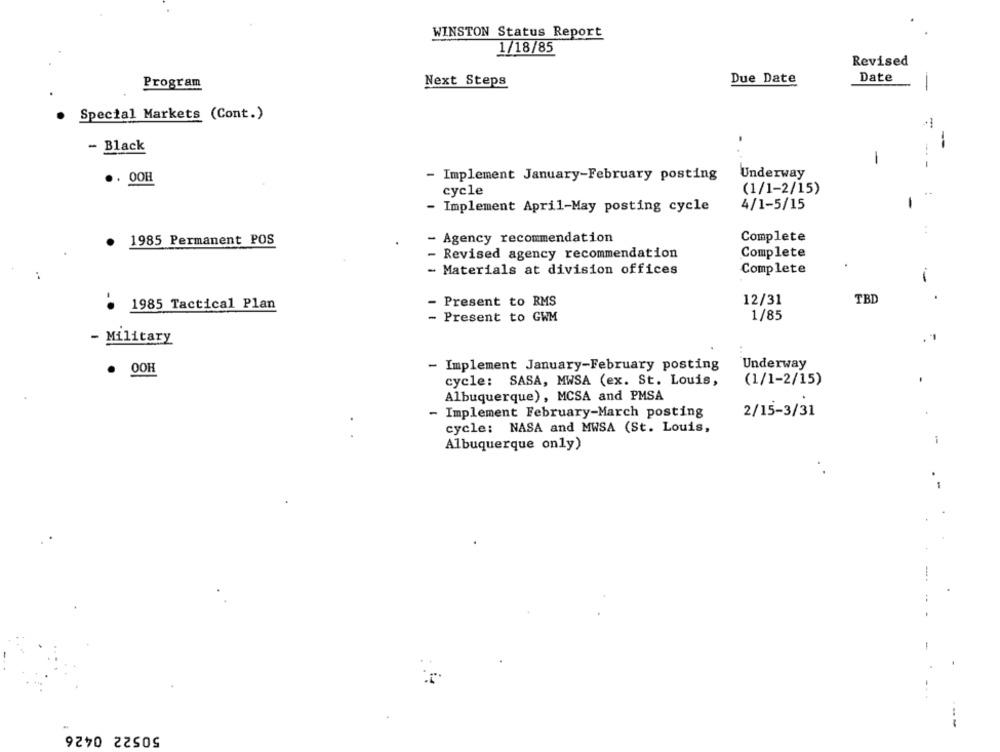
WINSTON Status Report
1/18/85
Revised
Program
Next Steps
Due Date
Date
-
-
. Special Markets (Cont.)
- Black
-
Underway
.. 00H
- Implement January-February posting
cycle
(1/1-2/15)
- Implement April-May posting cycle
4/1-5/15
- Agency recommendation
Complete
1985 Permanent POS
- Revised agency recommendation
Complete
Complete
- Materials at division offices
-
12/31
TBI
1985 Tactical Plan
- Present to RMS
1/85
- Present to GWM
- Military
- Implement January-February posting
Underway
· OOH
cycle: SASA, MWSA (ex. St. Louis,
(1/1-2/15)
Albuquerque), MCSA and PMSA
- Implement February-March posting
2/15-3/31
cycle: NASA and MWSA (St. Louis,
-
Albuquerque only)
-
50522 0426
---